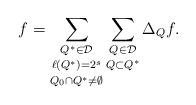
LaTeX: \begin{align*}f = \mathop{\mathop{\sum_{Q^* \in \mathcal{D}}}_{\ell(Q^*) = 2^s}}_{Q_0 \cap Q^* \ne \emptyset} \mathop{\sum_{Q \in \mathcal{D}}}_{Q \subset Q^*} \Delta_Q f.\end{align*}